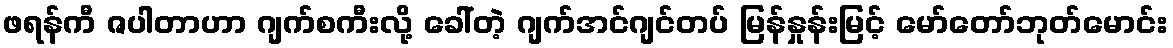
ဖရန်ကီ ဇပါတာဟာ ဂျက်စကီးလို့ ခေါ်တဲ့ ဂျက်အင်ဂျင်တပ် မြန်နှုန်းမြင့် မော်တော်ဘုတ်မောင်း